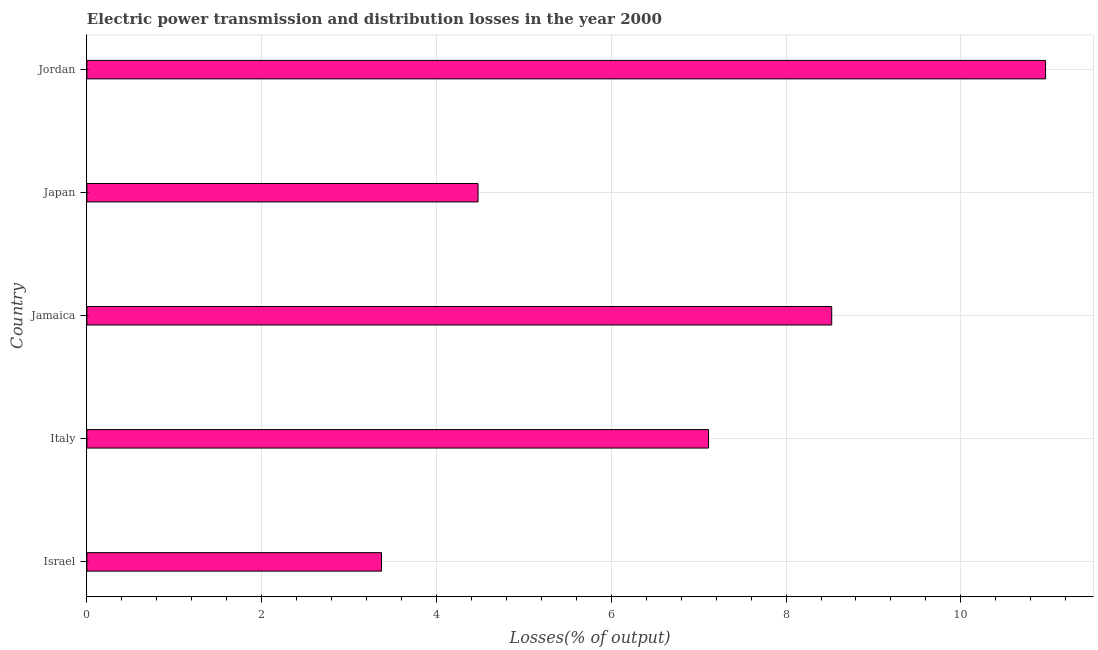
| Country | Electric power transmission and distribution losses |
 | --- | --- |
 | Israel | 3.37 |
 | Italy | 7.11 |
 | Jamaica | 8.52 |
 | Japan | 4.48 |
 | Jordan | 11 |